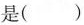
是( )